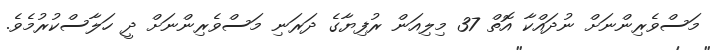
މަސްވެރިންނަށް ނުދައްކާ އޮތް 37 މިލިއަން ރުފިޔާގެ ދަރަނި މަސްވެރިންނަށް ދީ ހަލާސްކުރުމެވެ.